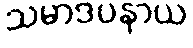
သမာဒပနာယ